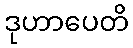
ဒုဟာပေတိ